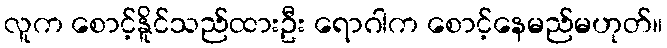
လူက စောင့်နိူင်သည်ထားဦး ရောဂါက စောင့်နေမည်မဟုတ်။